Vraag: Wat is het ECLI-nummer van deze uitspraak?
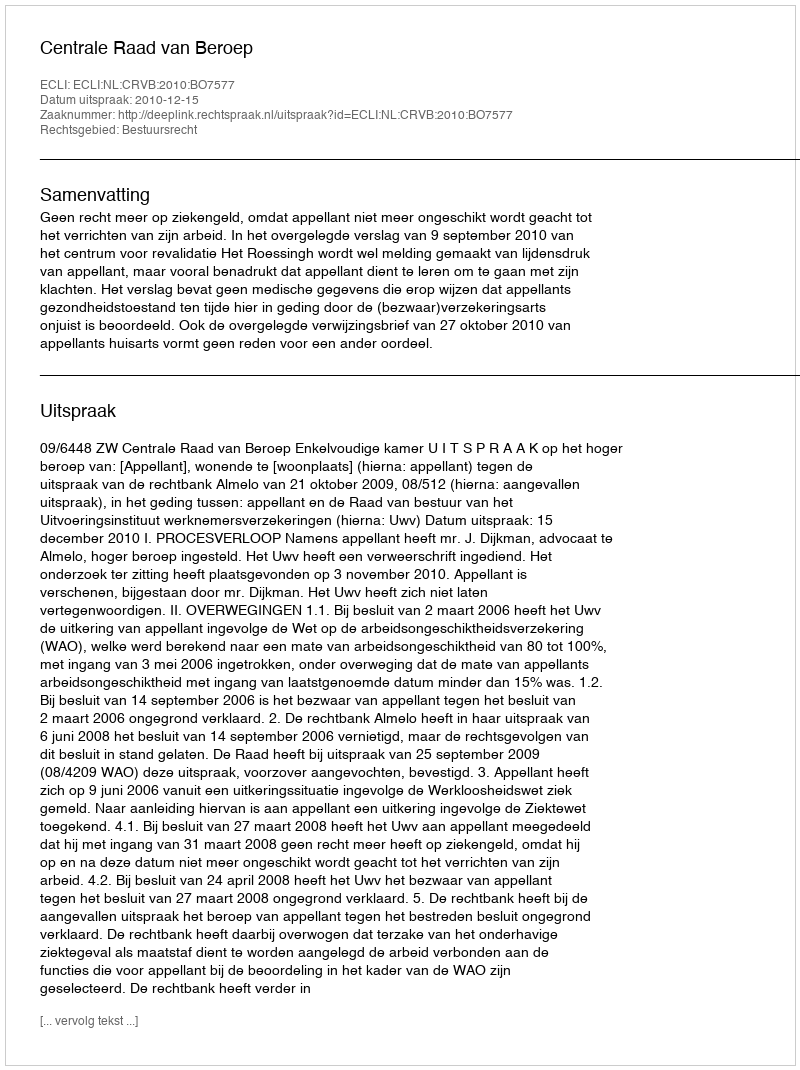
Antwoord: ECLI:NL:CRVB:2010:BO7577